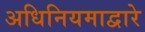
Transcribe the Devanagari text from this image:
अधिनियमाद्वारे